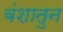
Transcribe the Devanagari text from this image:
वंशातुन